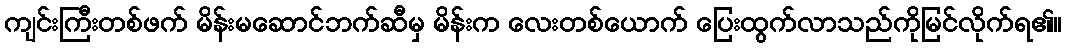
ကျင်းကြီးတစ်ဖက် မိန်းမဆောင်ဘက်ဆီမှ မိန်းက လေးတစ်ယောက် ပြေးထွက်လာသည်ကိုမြင်လိုက်ရ၏။